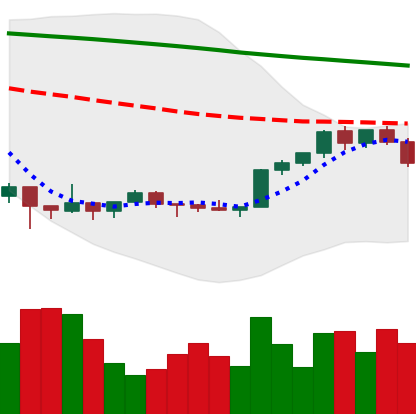
Ticker: XMR-USD
Chart end date: 2022-02-11
Forward return: 6.308%
Label: up_5_7